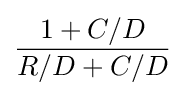
{\frac {1+C/D}{R/D+C/D}}